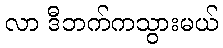
လာ ဒီဘက်ကသွားမယ်